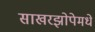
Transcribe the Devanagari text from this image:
साखरझोपेमधे